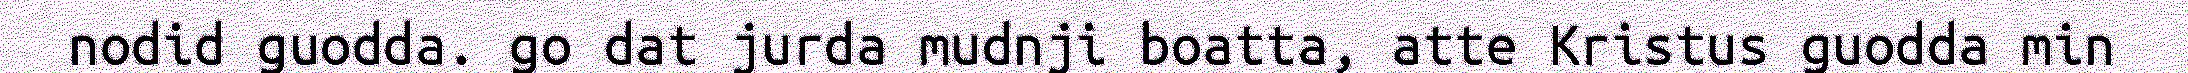
nodid guodda. go dat jurda mudnji boatta, atte Kristus guodda min